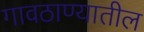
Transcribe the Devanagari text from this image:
गावठाण्यातील